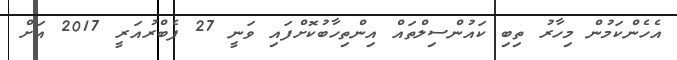
އެހެންކަމުން މިހާރު ތިބި ކައުންސިލްތައް އިންތިހާބުކޮށްފައި ވަނީ 27 ފެބްރުއަރީ 2017 އަށް